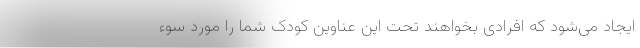
ایجاد می‌شود که افرادی بخواهند تحت این عناوین کودک شما را مورد سوء